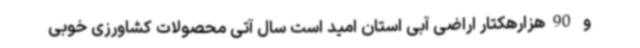
و 90هزارهکتار اراضی آبی استان امید است سال آتی محصولات کشاورزی خوبی